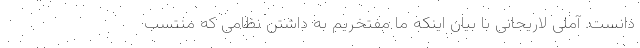
دانست. آملی لاریجانی با بیان اینکه ما مفتخریم به داشتن نظامی که منتسب